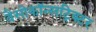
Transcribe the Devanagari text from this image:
वैसोकॉन्सट्रिक्टर